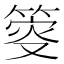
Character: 𥯴